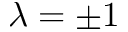
\lambda = \pm 1